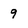
Character: 9